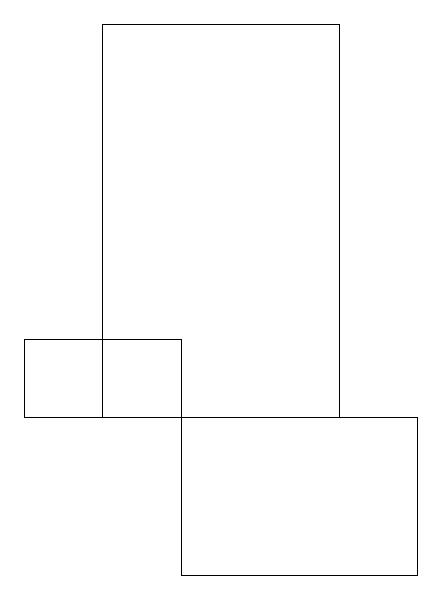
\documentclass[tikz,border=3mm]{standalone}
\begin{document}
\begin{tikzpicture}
\draw (1,18) rectangle (4,13);
\draw (2,14) rectangle (0,13);
\draw (5,11) rectangle (2,13);
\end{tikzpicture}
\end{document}